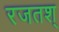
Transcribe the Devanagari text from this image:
रजतश्